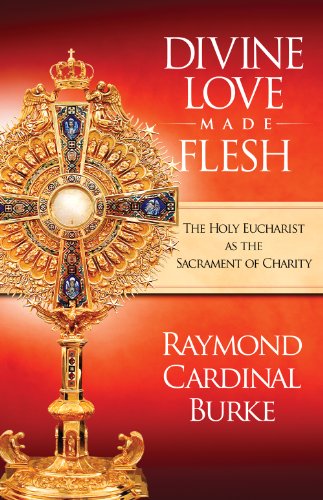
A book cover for Divine Love Made Flesh; Raymond Cardinal Burke; Christian Books & Bibles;